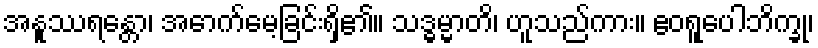
အနူဿရန္တော၊ အောက်မေ့ခြင်းရှိ၏။ သဒ္ဓမ္မာတိ၊ ဟူသည်ကား။ ဧဝရူပေါဘိက္ခု၊